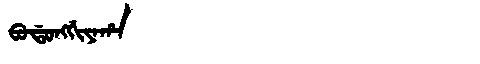
Manchu: ᠪᠣᡩᠣᠩᡤᡳᠶᠠᡥᠠ
Romanization: BODONGGIYAHA